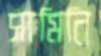
সামিনি